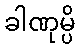
ခါဏုမ္ပိ